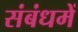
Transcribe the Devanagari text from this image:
संबंधमें